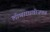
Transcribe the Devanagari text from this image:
लोणारवाडीजवळ